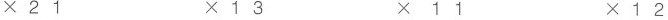
\times21 \times13 \times11 \times12